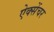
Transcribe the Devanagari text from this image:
ऐक्सेंचर